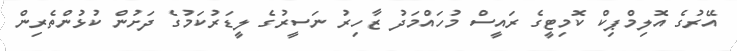
އޭރުގެ އޮލިމްޕިކް ކޮމިޓީގެ ރައީސް މުހައްމަދު ޒާހިރު ނަސީރުގެ ލީޑަރުކަމުގެ ދަށުން ކުޅުންތެރިން